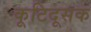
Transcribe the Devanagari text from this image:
कूटिदूसक